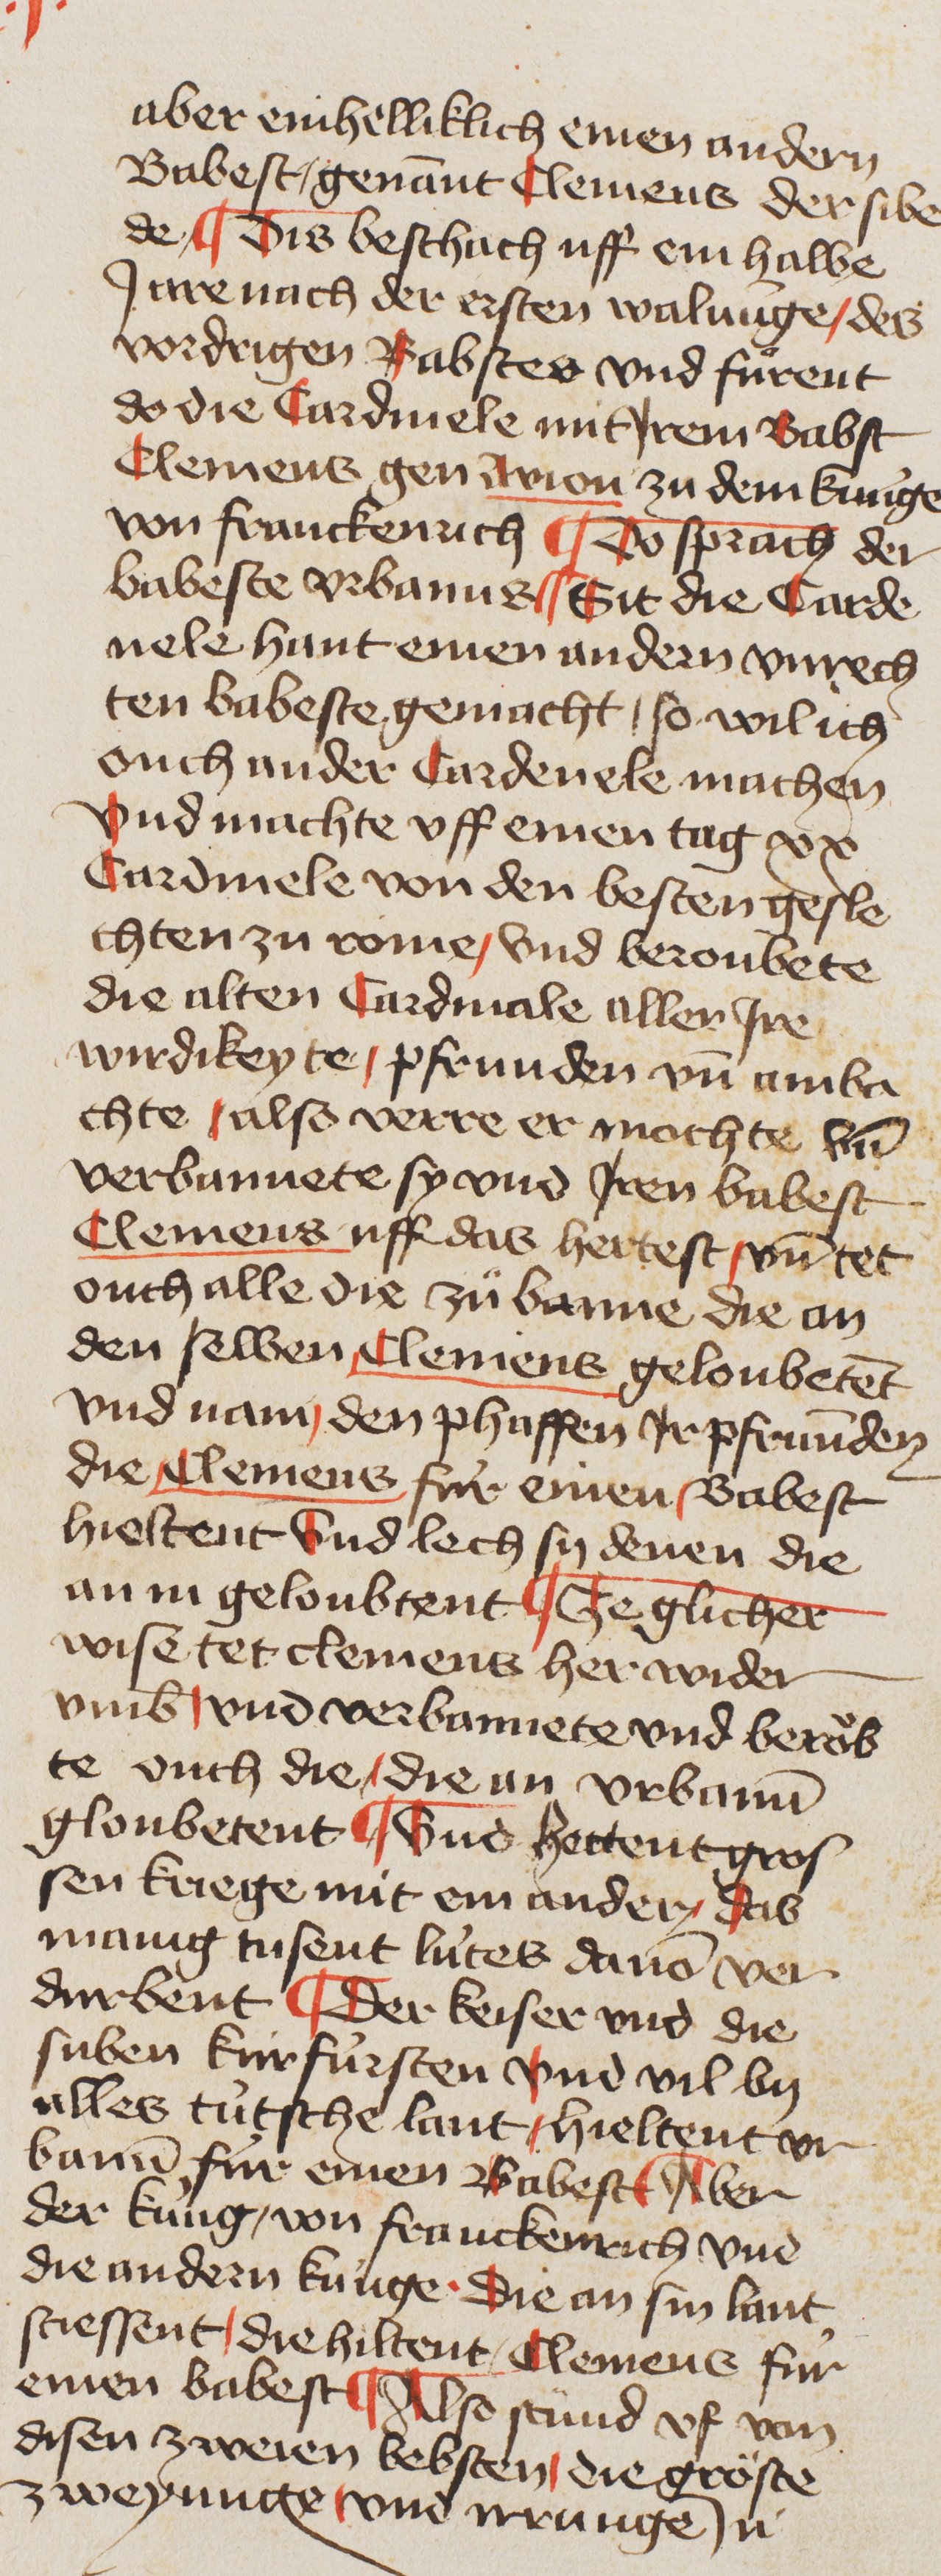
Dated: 1400–1449